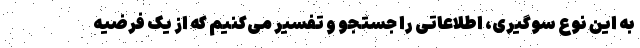
به این نوع سوگیری، اطلاعاتی را جستجو و تفسیر می‌کنیم که از یک فرضیه